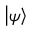
\left| { \psi } \right\rangle